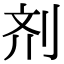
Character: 剂